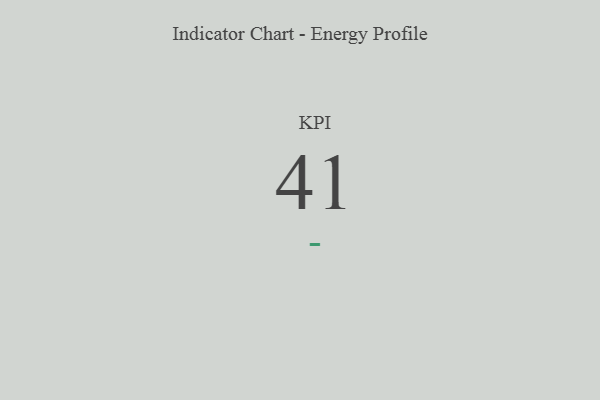
{"axis": {"x": "KPI", "y": "Value"}, "legend": [""], "data": [{"x": "KPI", "y": 41, "type": ""}]}